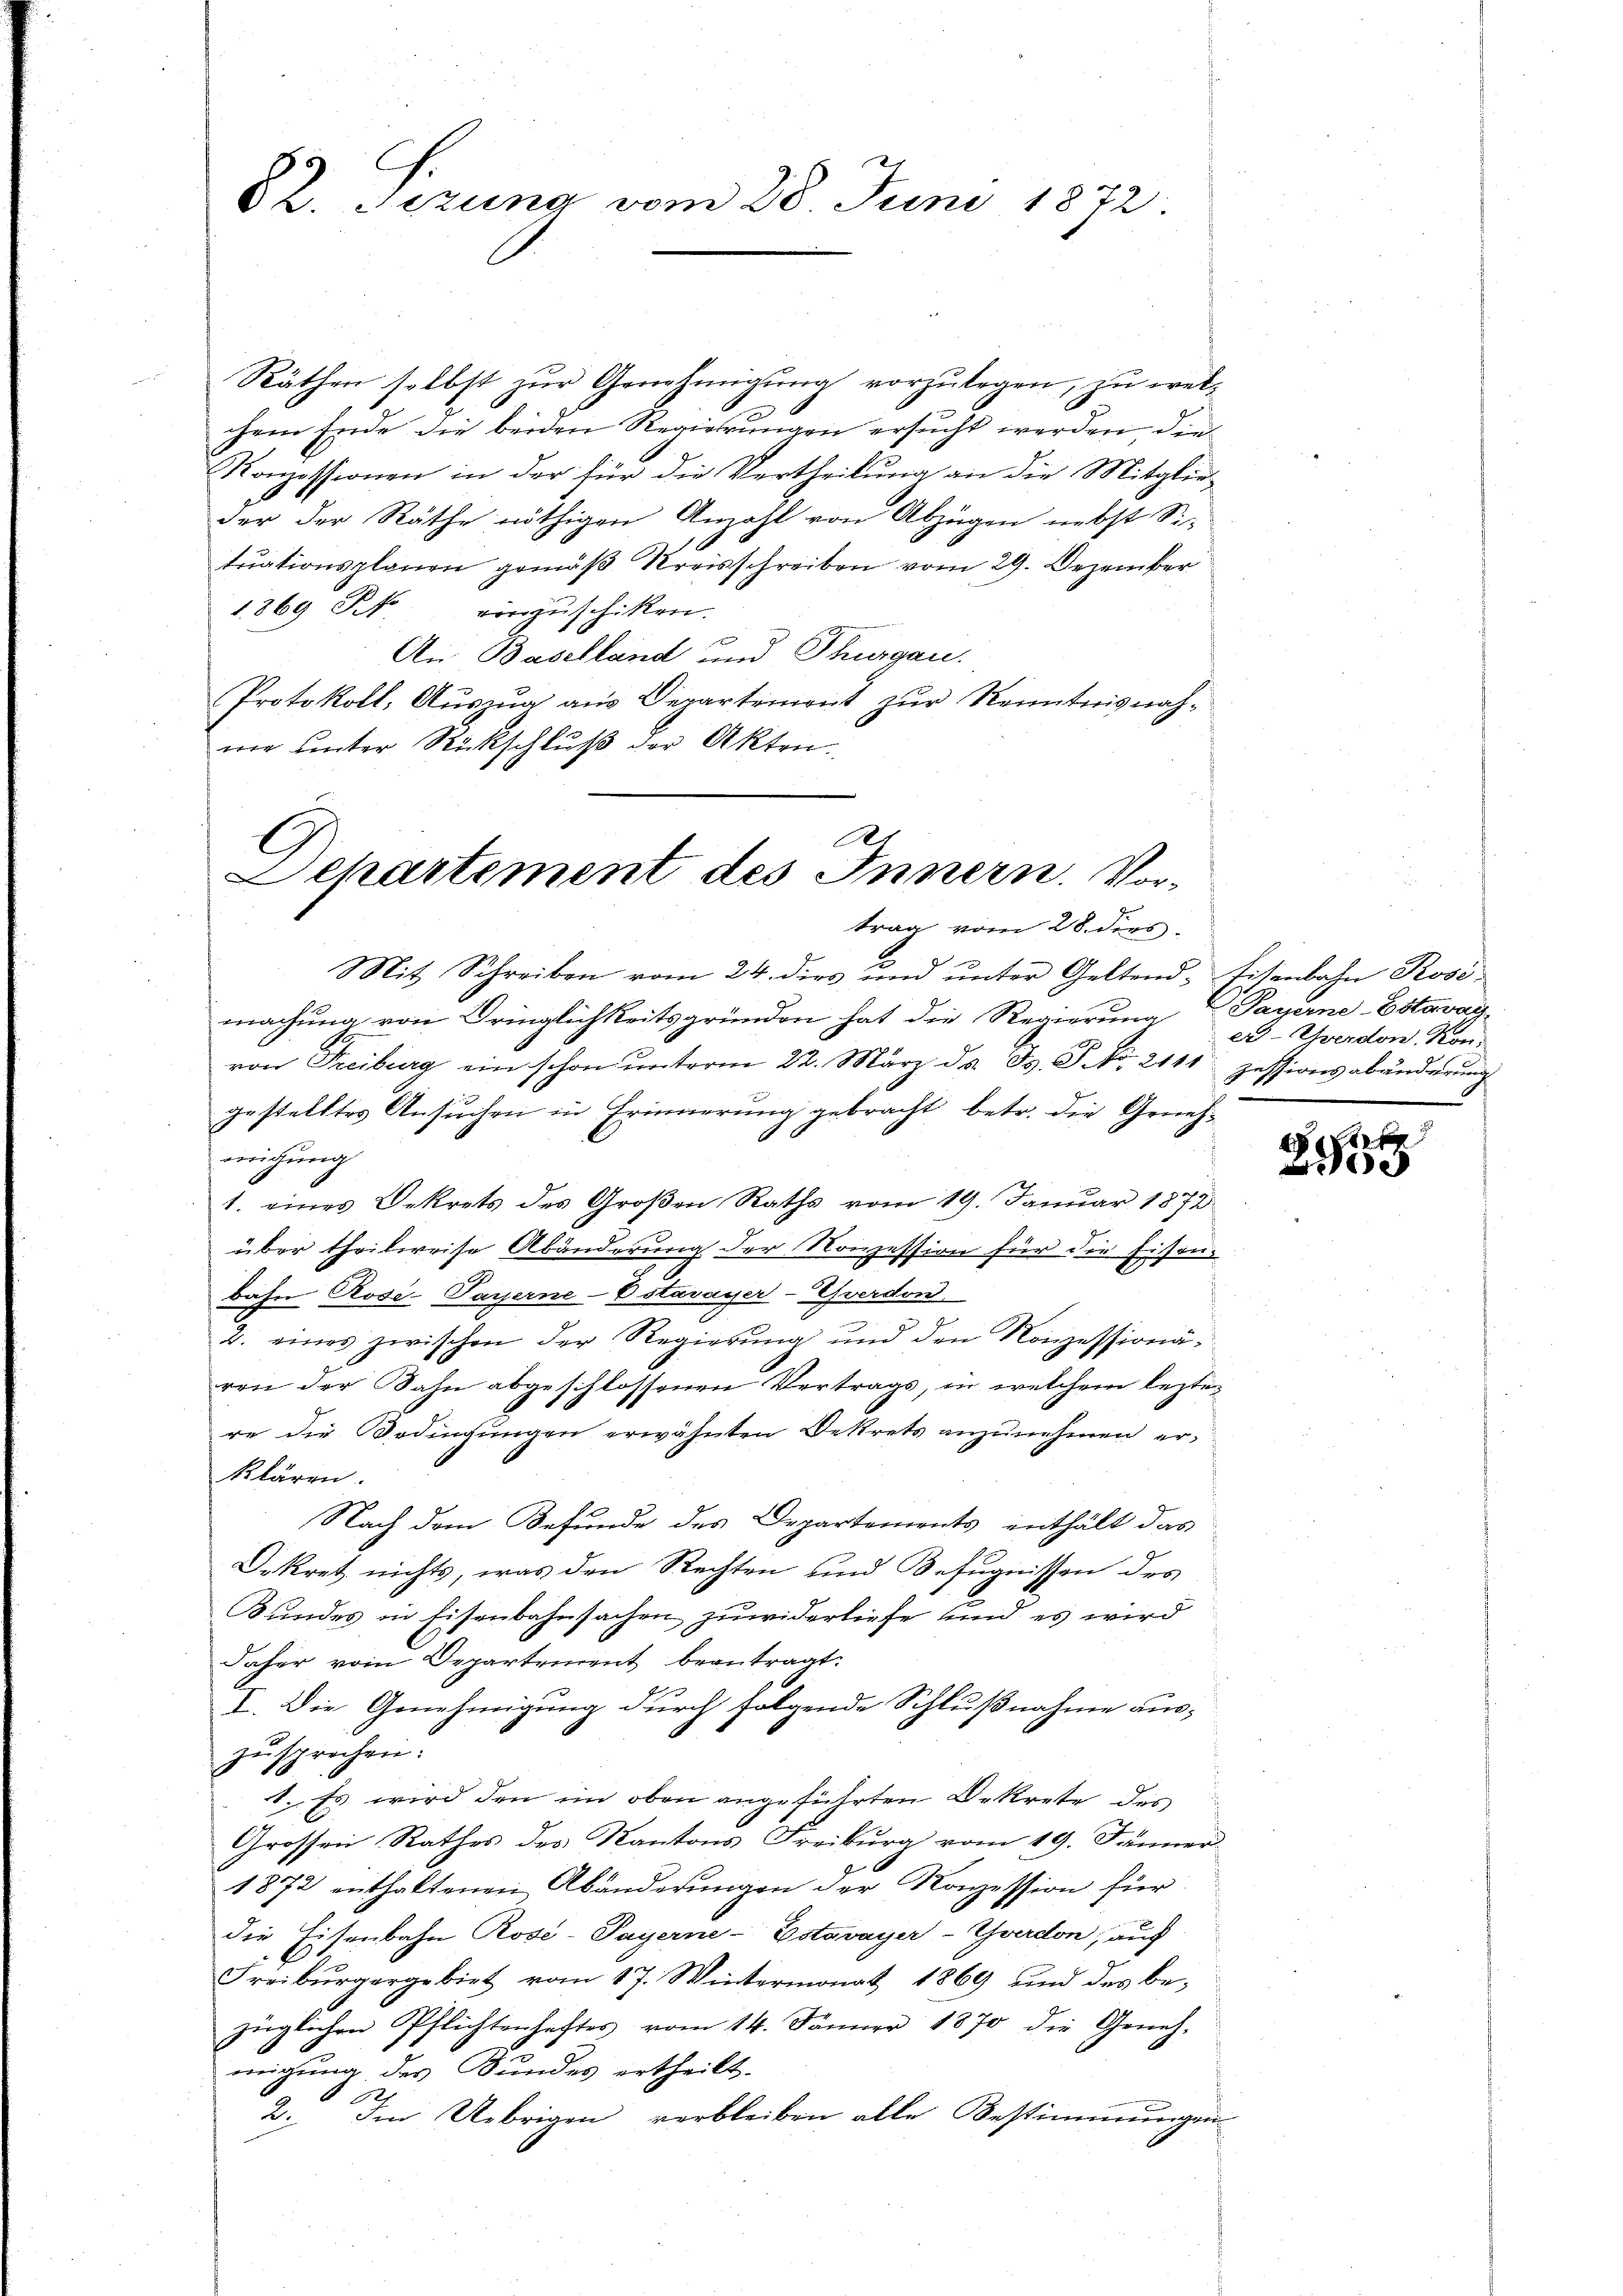
82. Sizung vom 28. Juni 1872

Räthen selbst zŭr Genehmigŭng vorzŭlegen, zu welchem Ende die beiden Regierungen ersucht werden, die
Konzessionen in der für die Vertheilung an die Mitglieder der Räthe nöthigen Anzahl von Abzügen nebst Sitriationsplanen gemäß Kreisschreiben vom 29. Dezember
1869 Frk. vorzuschiken.
An Baselland und Thurgau.
Protokoll, Auszug aus Departement zur Kenntnisnahne unter Rückschluß der Akten.

.
G
Departement des Innern. Vortrag vom 28. dies

Mit Schreiben vom 24. dies und unter Geltendtitenbahn Rosi
machung von Dringlichkeitsgründen hat die Regierung Payerne-Estavay
von Freiburg ein schon unterm 22. März d. d. Js. S. No. 2111 Zessionsabänderung
gestelltes Ansuchen in Erinnerung gebracht betr. die Genehmichung
1. eines Dekrets des Großen Raths vom 19. Januar 1872
über theilweise Abänderung der Nonzession für die Eisenbahn Rose-Payerne-Estavayer-Yverdon
2. eines zwischen der Regierŭng und den Konzessionä-
ren der Bahn abgeschlossenen Vertrags, in welchem lezten
re die Bedingungen erwähnten Dekrets anzunehmen er-
klären.
Nach dem Befunde des Departements enthält das
Dekret nichts, was den Rechten und Befugnissen des
Bundes in Eisenbahnsachen, zuwiderliefe sind es wird
daher vom Departement beantragt.
I. Die Genehmigung durch folgende Schlußnahme auszusprechen:
1., Es wird den im oben angeführten Dekrete des
Grossen Rathes des Kantons Freiburg vom 19. Jänner
1872 enthaltenen Abänderungen der Konzession für
die Eisenbahn Rose-Payerne-Estavayer-Yverdon, auch
Freibŭrgergebiet vom 17. Wintermonat 1869 und des be-
züglichen Pflichtenhaftes vom 14. Jänner 1870 die Geneh-
migung des Bundes ertheilt.
2. Im Uebrigen verbleiben alle Bestimmungen

ex- Yverdon, Kon-

e
e